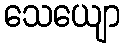
သေယျော